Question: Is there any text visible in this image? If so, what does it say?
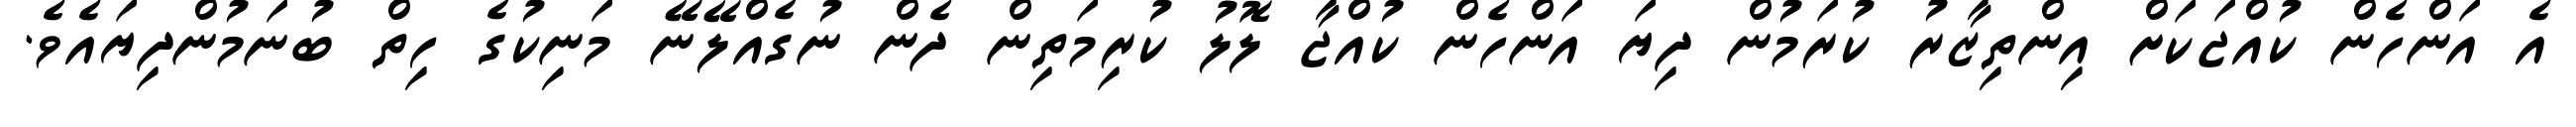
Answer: އެ އަންހެން ކުއްޖަކަށް އިންތިޒާރު ކުރަމުން ދިޔަ އަންހެން ކުއްޖާ ލޮލު ކުރިމަތިން ދެން ނުގެއްލޭނޭ މަނިކުގެ ހިތް ބުނަމުންދިޔައެވެ.